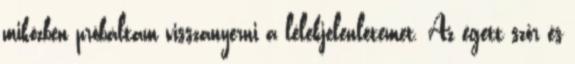
miközben próbáltam visszanyerni a lélekjelenlétemet. Az égett szőr és